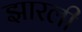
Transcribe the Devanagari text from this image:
झारली